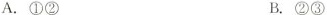
A.①② B.②③